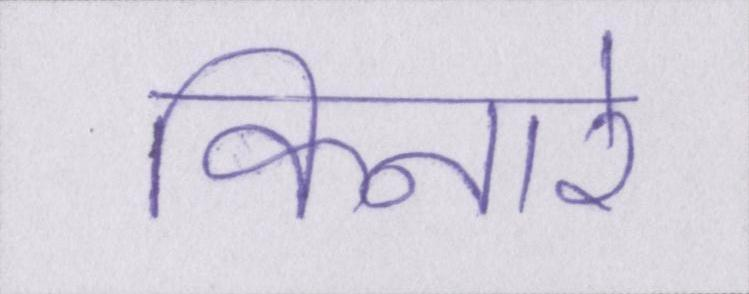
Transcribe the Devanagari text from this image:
किनारे